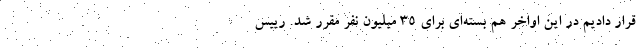
قرار دادیم در این اواخر هم بسته‌ای برای ۳۵ میلیون نفر مقرر شد. رییس